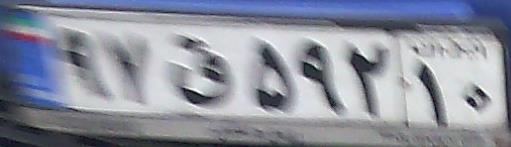
۹۷ق۵۹۲۱۰